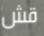
قش